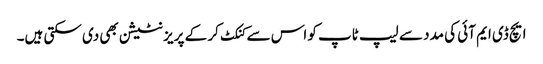
ایچ ڈی ایم آئی کی مدد سے لیپ ٹاپ کو اس سے کنکٹ کر کے پریزنٹیشن بھی دی سکتی ہیں۔